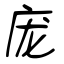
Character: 庞